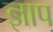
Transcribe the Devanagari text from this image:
ज्ञाप